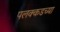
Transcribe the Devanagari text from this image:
पलक्कडच्या